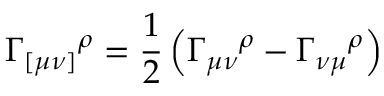
\Gamma _ { [ \mu \nu ] } { } ^ { \rho } = \frac { 1 } { 2 } \left( \Gamma _ { \mu \nu } { } ^ { \rho } - \Gamma _ { \nu \mu } { } ^ { \rho } \right)